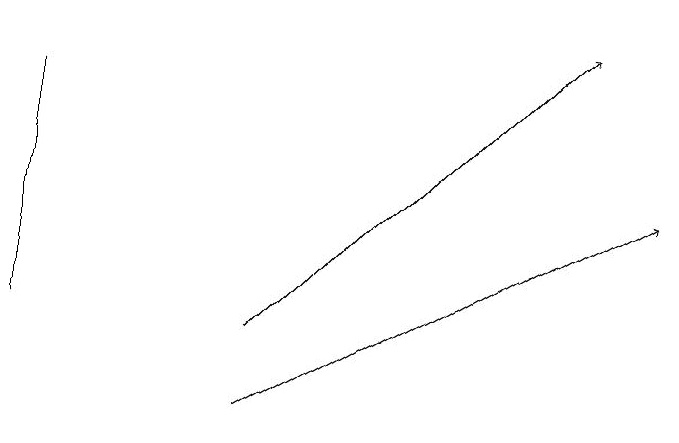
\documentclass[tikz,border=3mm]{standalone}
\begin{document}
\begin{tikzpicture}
\draw[->] (3,12) -- (7,16);
\draw (0,12) rectangle (0,15);
\draw[->] (3,11) -- (8,14);
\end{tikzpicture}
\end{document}